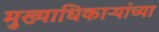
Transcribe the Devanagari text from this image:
मुख्याधिकाऱ्यांच्या